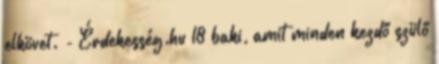
elkövet. - Érdekesség.hu 18 baki, amit minden kezdő szülő